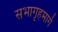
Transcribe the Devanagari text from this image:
सभागृहमार्गे